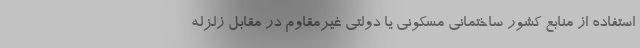
استفاده از منابع کشور ساختمانی مسکونی یا دولتی غیرمقاوم در مقابل زلزله